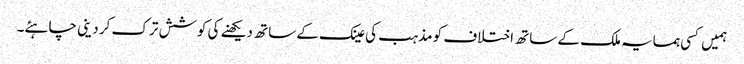
ہمیں کسی ہمسایہ ملک کے ساتھ اختلاف کو مذہب کی عینک کے ساتھ دیکھنے کی کوشش ترک کر دینی چاہئے۔